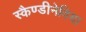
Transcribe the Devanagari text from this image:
स्कैण्डीनेविया